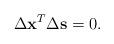
LaTeX: \begin{align*}\Delta {{\mathbf{x}}^{T}}\Delta \mathbf{s} =0.\end{align*}